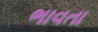
ભાવતા